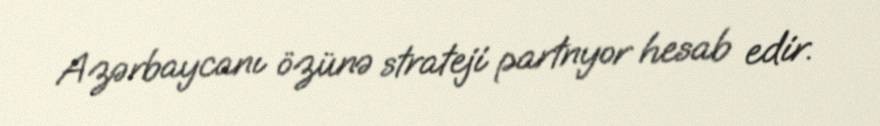
Azərbaycanı özünə strateji partnyor hesab edir.